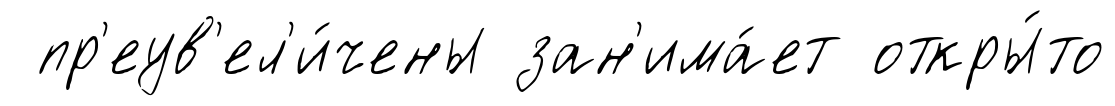
пр'еув'ел'и́чены зан'има́ет откры́то